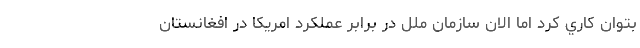
بتوان كاري كرد اما الان سازمان ملل در برابر عملكرد امريكا در افغانستان